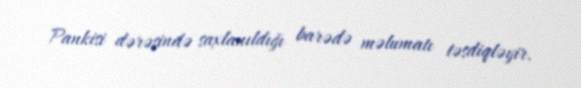
Pankisi dərəsində saxlanıldığı barədə məlumatı təsdiqləyir.